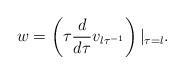
LaTeX: \begin{align*}w = \left( \tau \frac{d}{d \tau} v_{\l \tau^{-1}}\right) |_{\tau=\l}.\end{align*}